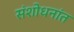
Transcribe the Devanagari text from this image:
संशोधनांत